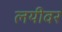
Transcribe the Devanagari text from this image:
लयीवर